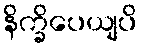
နိက္ခိပေယျပိ